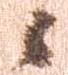
候